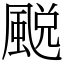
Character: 䬈